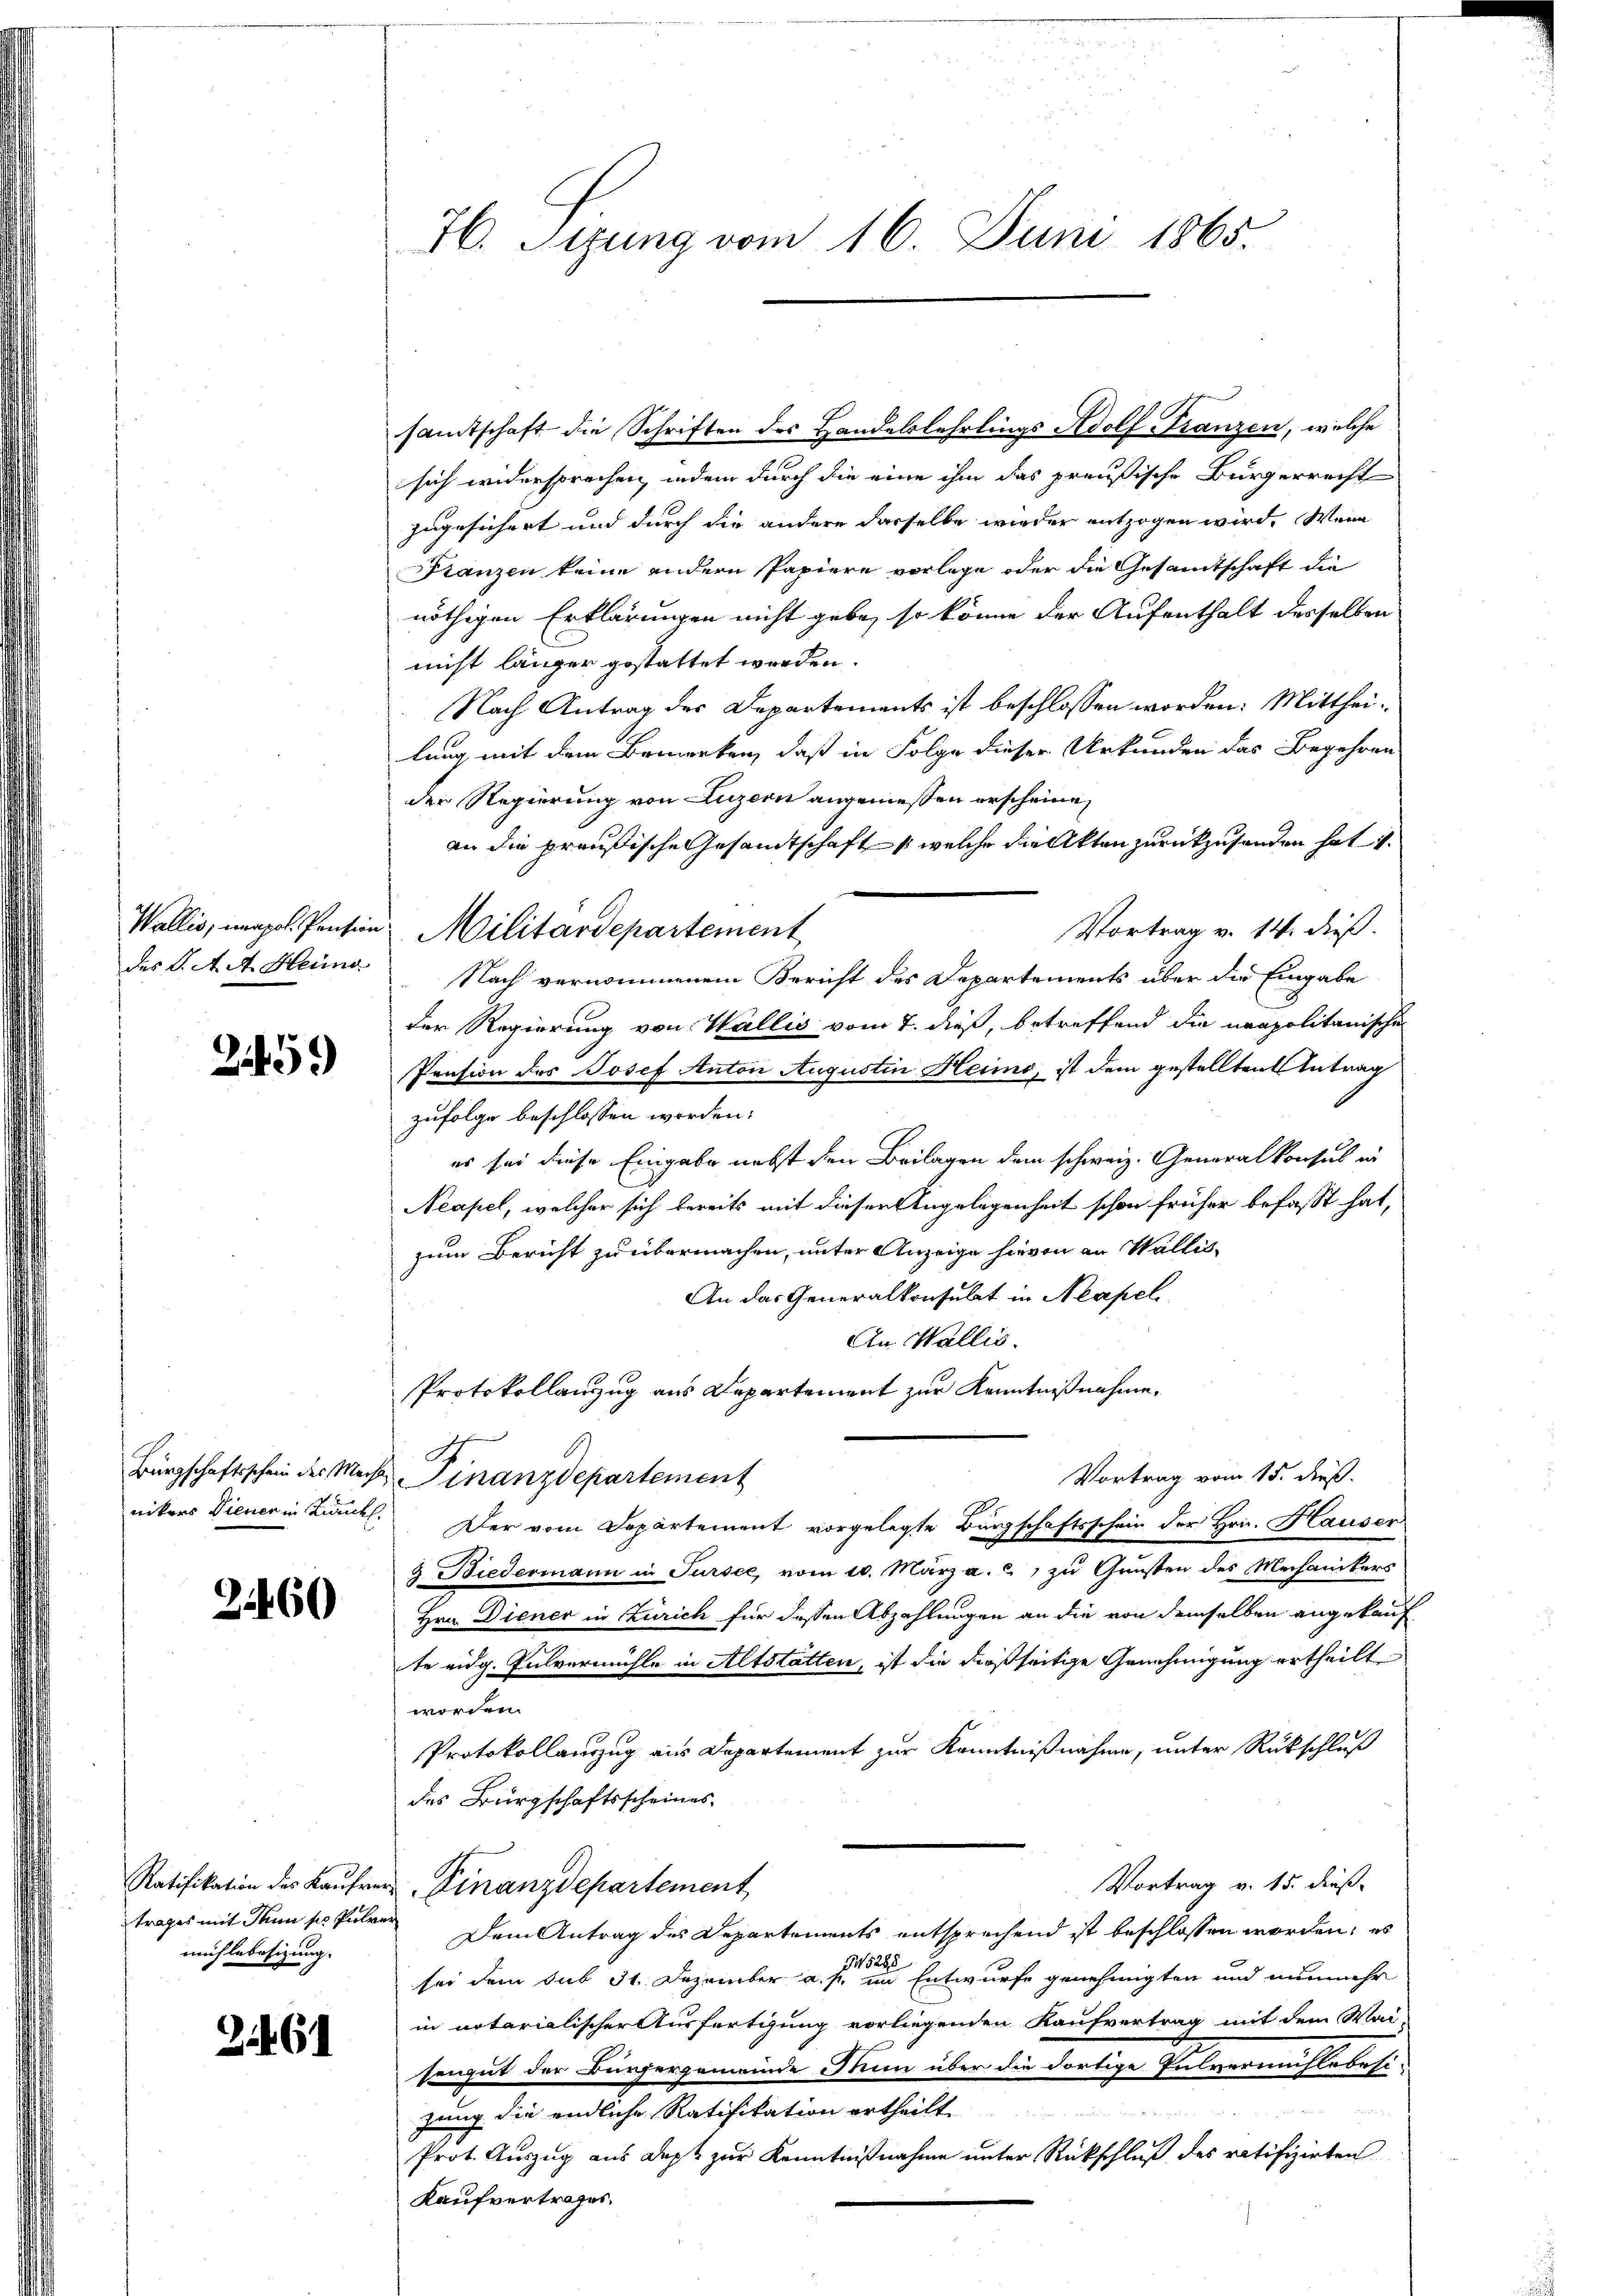
2459

34460

trages mit Thun sie Pulver
mühlebesizung. |

3461

76. Sizung vom 16. Juni 1865.

samtschaft die Schriften des Handelslehrlings Adolf Franzen, welche
sich widersprechen, indem durch die eine ihm das preußische Bürgerrecht
zugesichert und durch die andere dasselbe wieder entzogen wird. Wenn
Franzen keine andern Papiere vorlege oder die Gesamtschaft die
nöthigen Erklärungen nicht gebe, so könne der Aufenthalt desselben
nicht länger gestattet werden.
Nach Antrag des Departements ist beschlossen worden. Mittheilung mit dem Bemerken, daß in Folge dieser Urkunden das Begehren
der Regierung von Luzern angemeßen erscheine,
an die preußische Gesandtschafts welche die Akten zurückzusenden hat.
Vortrag v. 14. dieß.
des K. A. A. Heima Nach vernommenem Bericht des Departements über die Eingabe
der Regierung von Wallis vom 7. dieß, betreffend die neapolitanische
Pension des Josef Anton Augustin Heimo, ist dem gestellten Antrag
zufolge beschlossen worden:
es sei diese Eingabe nebst den Beilagen dem schweiz. Generalkonsul in
Neapel, welcher sich bereits mit dieser Angelegenheit schon früher befasst hat,
zum Bericht zu übermachen, unter Anzeige hievon an Wallis¬
An das Generalkonsulat in Neapel
An Wallis.
Protokollanzug aus Departement zur Kenntnißnahme.
S
Bürgschaftsschein der Meist inanzdepartement
Vortrag vom 15. dieß.
nikers Diener in Bruck. Der vom Departement vorgelegte Bürgschaftsschein der Hrn. Hauser
3. Biedermann in Tursee, vom 10. März a. c., zu Gunsten des Mechanikers
Hrn. Diener in Zürich für dessen Abzahlungen an die von demselben angekauf
te eidg. Pulvermühle in Altstatten, ist die dießseitige Genehmigung ertheilt
worden.
Protokollauszug aus Departement zur Kenntnißnahme, unter Rückschluß
des Bürgschaftsscheines
Vortrag v. 15. dieß.
Ratifikation des Kaufrer Finanzdepartement
Dem Antrag des Departements entsprechend ist beschlossen worden, es
88
24.
sei dem sub 31. Dezember a. f. im Entwurfe genehmigten und nunmehr
in notarialischer Ausfertigung vorliegenden Kaufvertrag mit dem Wai-
sengut der Bürgergemeinde Thun über die dortige Pulvermühlebesizung die endliche Ratifikation ertheilt
Prot. Auszug aus dept zur Kenntnißnahme unter Rückschluß des ratifizirten
Kaufvertrages.

Wallis, neapol. Pension Militärdepartement